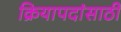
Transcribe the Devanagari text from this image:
क्रियापदांसाठी